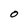
Character: O